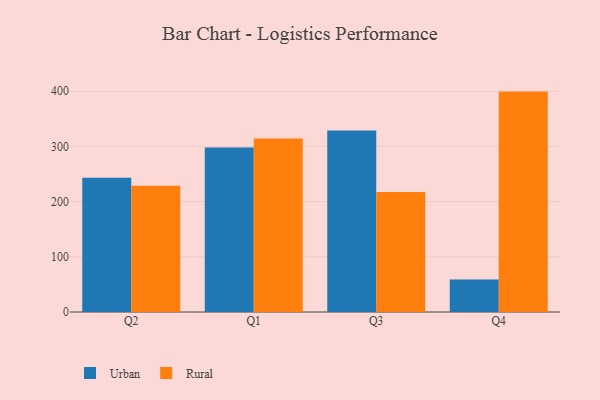
{"axis": {"x": "Quarter", "y": "Website Visitors"}, "legend": ["Rural", "Urban"], "data": [{"x": "Q2", "y": 243.5, "type": "Urban"}, {"x": "Q2", "y": 228.6, "type": "Rural"}, {"x": "Q1", "y": 297.9, "type": "Urban"}, {"x": "Q1", "y": 314.5, "type": "Rural"}, {"x": "Q3", "y": 328.7, "type": "Urban"}, {"x": "Q3", "y": 217.6, "type": "Rural"}, {"x": "Q4", "y": 59.0, "type": "Urban"}, {"x": "Q4", "y": 399.4, "type": "Rural"}]}